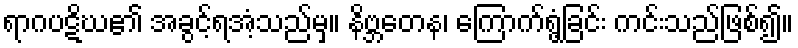
ရာဂပဋိဃ၏ အခွင့်ရအံ့သည်မှ။ နိဗ္ဘတေန၊ ကြောက်ရွံ့ခြင်း ကင်းသည်ဖြစ်၍။